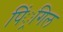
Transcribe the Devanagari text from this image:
पिं्रगिल